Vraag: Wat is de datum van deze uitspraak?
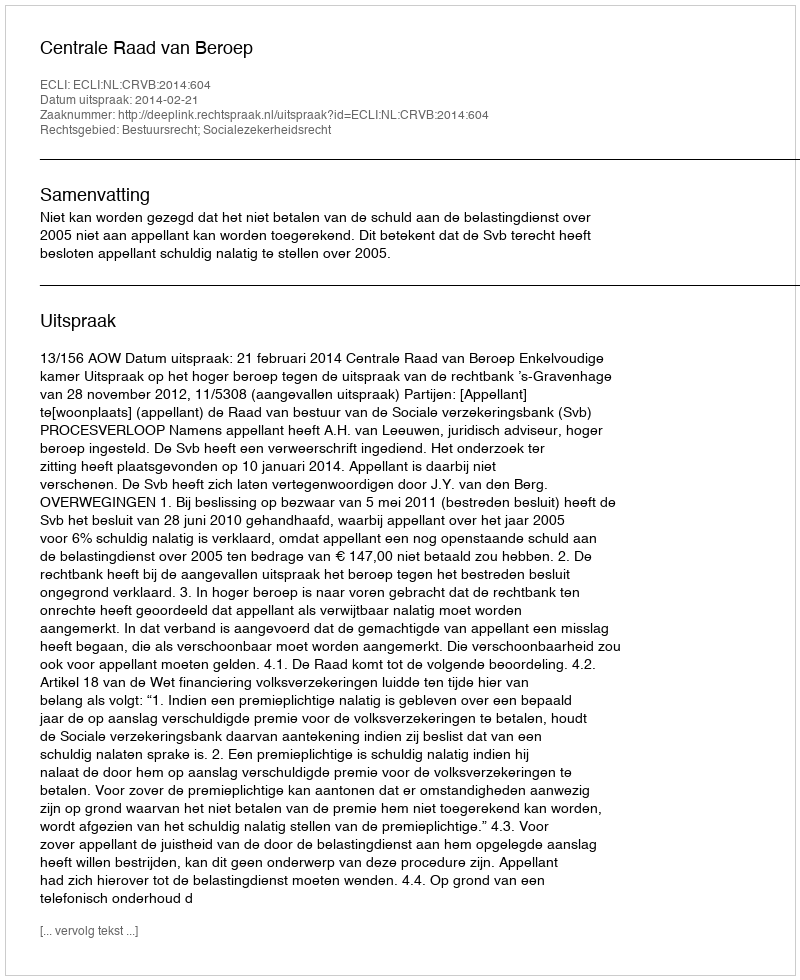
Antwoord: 2014-02-21